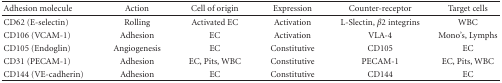
<table><thead><tr><td><b>Adhesion molecule</b></td><td><b>Action</b></td><td><b>Cell of origin</b></td><td><b>Expression</b></td><td><b>Counter-receptor</b></td><td><b>Target cells</b></td></tr></thead><tbody><tr><td>CD62 (E-selectin)</td><td>Rolling</td><td>Activated EC</td><td>Activation</td><td>L-Slectin, <i>β</i>2 integrins</td><td>WBC</td></tr><tr><td>CD106 (VCAM-1)</td><td>Adhesion</td><td>EC</td><td>Activation</td><td>VLA-4</td><td>Mono&#x27;s, Lymphs</td></tr><tr><td>CD105 (Endoglin)</td><td>Angiogenesis</td><td>EC</td><td>Constitutive</td><td>CD105</td><td>EC</td></tr><tr><td>CD31 (PECAM-1)</td><td>Adhesion</td><td>EC, Pits, WBC</td><td>Constitutive</td><td>PECAM-1</td><td>EC, Pits, WBC</td></tr><tr><td>CD144 (VE-cadherin)</td><td>Adhesion</td><td>EC</td><td>Constitutive</td><td>CD144</td><td>EC</td></tr></tbody></table>